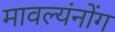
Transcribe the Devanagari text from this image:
मावल्यंनोंग